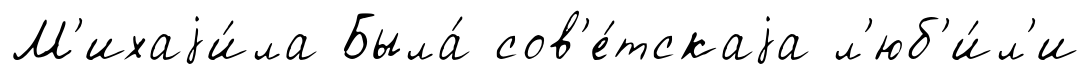
М'ихаjи́ла Была́ сов'е́тскаjа л'юб'и́л'и